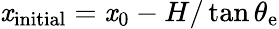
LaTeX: \mathit{x}_{\mathrm{{{initial}}}}=\mathit{x}_{0}-H/\tan\theta_{\mathrm{{{e}}}}